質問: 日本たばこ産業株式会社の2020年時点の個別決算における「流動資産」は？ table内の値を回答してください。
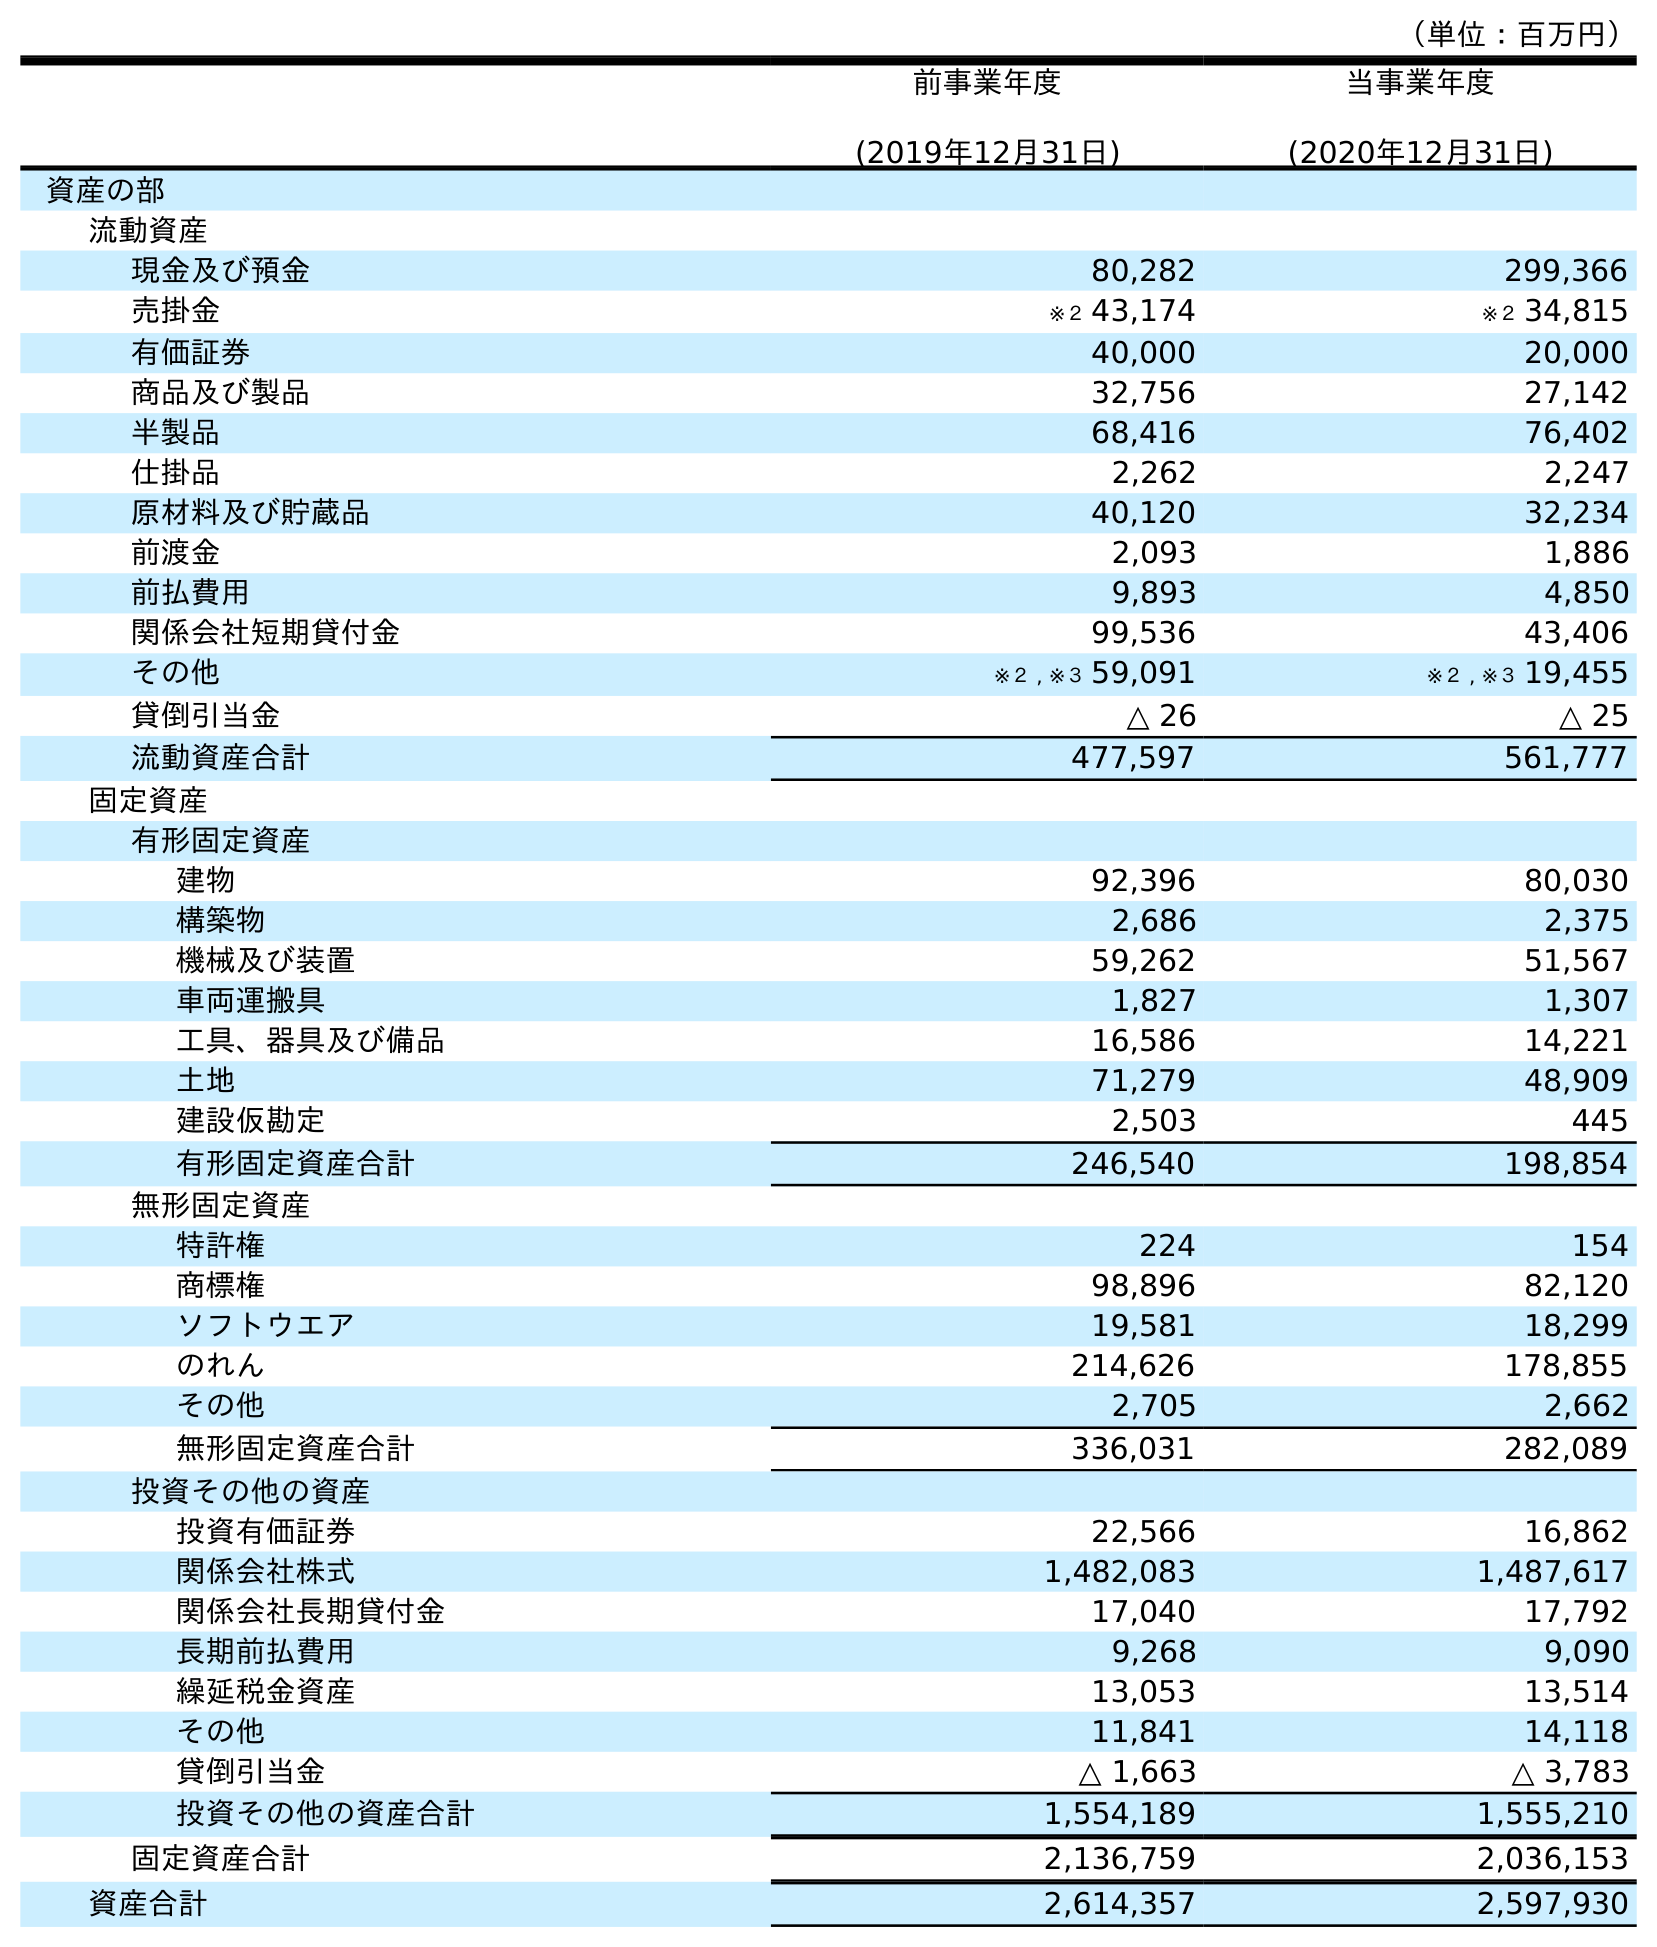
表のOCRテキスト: （単位：百万円） 前事業年度 (2019年12月31日) 当事業年度 (2020年12月31日) 資産の部 流動資産 現金及び預金 80,282 299,366 売掛金 ※２ 43,174 ※２ 34,815 有価証券 40,000 20,000 商品及び製品 32,756 27,142 半製品 68,416 76,402 仕掛品 2,262 2,247 原材料及び貯蔵品 40,120 32,234 前渡金 2,093 1,886 前払費用 9,893 4,850 関係会社短期貸付金 99,536 43,406 その他 ※２ , ※３ 59,091 ※２ , ※３ 19,455 貸倒引当金 △ 26 △ 25 流動資産合計 477,597 561,777 固定資産 有形固定資産 建物 92,396 80,030 構築物 2,686 2,375 機械及び装置 59,262 51,567 車両運搬具 1,827 1,307 工具、器具及び備品 16,586 14,221 土地 71,279 48,909 建設仮勘定 2,503 445 有形固定資産合計 246,540 198,854 無形固定資産 特許権 224 154 商標権 98,896 82,120 ソフトウエア 19,581 18,299 のれん 214,626 178,855 その他 2,705 2,662 無形固定資産合計 336,031 282,089 投資その他の資産 投資有価証券 22,566 16,862 関係会社株式 1,482,083 1,487,617 関係会社長期貸付金 17,040 17,792 長期前払費用 9,268 9,090 繰延税金資産 13,053 13,514 その他 11,841 14,118 貸倒引当金 △ 1,663 △ 3,783 投資その他の資産合計 1,554,189 1,555,210 固定資産合計 2,136,759 2,036,153 資産合計 2,614,357 2,597,930
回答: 561,777